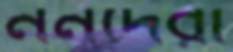
ননদেরা